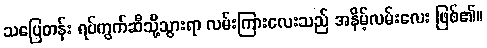
သပြေတန်း ရပ်ကွက်ဆီသို့သွားရာ လမ်းကြားလေးသည် အနိမ့်လမ်းလေး ဖြစ်၏။